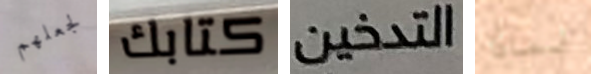
لجعلهم كتابك التدخين لماذا